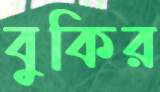
বুকির